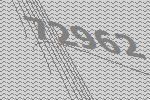
72962